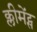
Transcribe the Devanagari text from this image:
क्लीमेंट्स